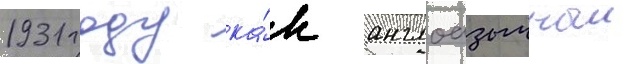
1931 году ка́к англоазычныи